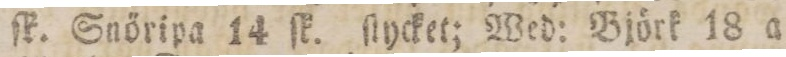
ſk. Snöripa 14 ſk. ſlycket; Wed: Björk 18 a